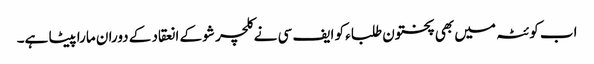
اب کوئٹہ میں بھی پختون طلباء کو ایف سی نے کلچر شو کے انعقاد کے دوران مارا پیٹا ہے۔